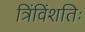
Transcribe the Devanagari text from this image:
त्रिंविंशतिः